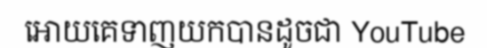
អោយគេទាញយកបានដូចជា YouTube